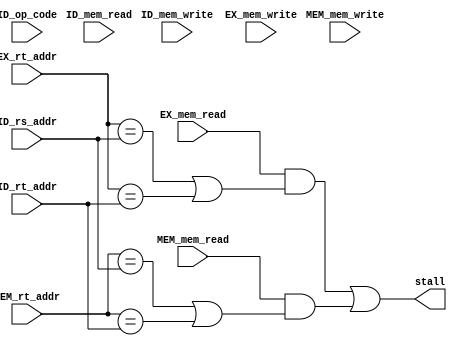
//////////////////////////////////////////////////
// Project      : WiscSP13 - Pipelined          //
// Module       : hazard_block                  //
// Descrption   : Detects and stall for hazards //
//////////////////////////////////////////////////

module hazard_block (EX_mem_read, EX_rt_addr, ID_rs_addr, ID_rt_addr, MEM_mem_read,
                     MEM_mem_write, ID_mem_write, ID_mem_read, EX_mem_write, MEM_rt_addr,
                     ID_op_code, stall);

/*****************************************************|
|********* Input/ Output Signal Declarations *********|
|*****************************************************/
    //Input CLK & RST
		//None

    //Input Signals
        input   EX_mem_read,    // ID/EX.MemRead
                EX_mem_write,
                MEM_mem_read,
                MEM_mem_write,
                ID_mem_read,
                ID_mem_write;
        
        input   [2:0]   EX_rt_addr,     // ID/EX.RegRt
                        ID_rs_addr,     // IF/ID.RegRs
                        ID_rt_addr,     // IF/ID.RegRt
                        MEM_rt_addr;

        
        input   [4:0]   ID_op_code;

    //Input Control Signals
    
    //Output Signals
        output stall;
/*****************************************************|
|********** Internal Signal Declarations *************|
|*****************************************************/
	//None

/*****************************************************|
|********* Internal Module Instantitations ***********|
|*****************************************************/
	//None

/*****************************************************|
|***************** Internal Logic ********************|
|*****************************************************/
	/* Load Hazard
    if (ID/EX.MemRead and 
        ((ID/EX.RegisterRt = IF/ID.RegisterRs) or (ID/EX.RegisterRt = IF/ID.RegisterRt))
        )
        stall the pipeline
    */

    assign ld_hzrd_stall = EX_mem_read & ((EX_rt_addr == ID_rs_addr) | (EX_rt_addr == ID_rt_addr));
    //assign test_stall = ID_mem_read | ID_mem_write;
    // assign test_stall = EX_mem_read | EX_mem_write;
    // assign stall = ld_hzrd_stall | test_stall;    

    assign ld_hzrd_stall_2 = MEM_mem_read & ((MEM_rt_addr == ID_rs_addr) | (MEM_rt_addr == ID_rt_addr));
    
    // assign mem_stall = EX_mem_read | MEM_mem_read | EX_mem_write | MEM_mem_write;

    assign stall = ld_hzrd_stall | ld_hzrd_stall_2;// | mem_stall;

endmodule